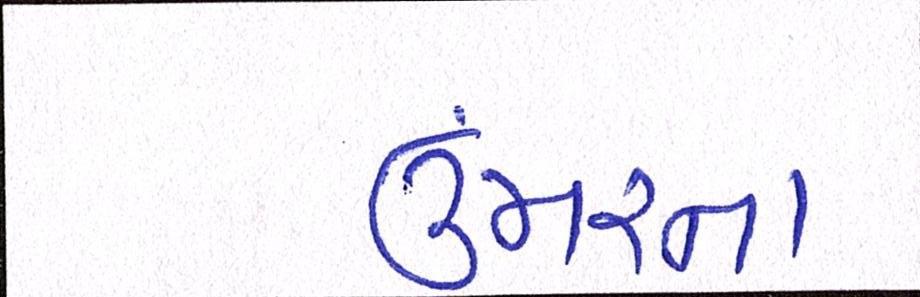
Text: ઉંમરના